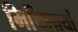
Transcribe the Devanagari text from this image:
मिथिलायां